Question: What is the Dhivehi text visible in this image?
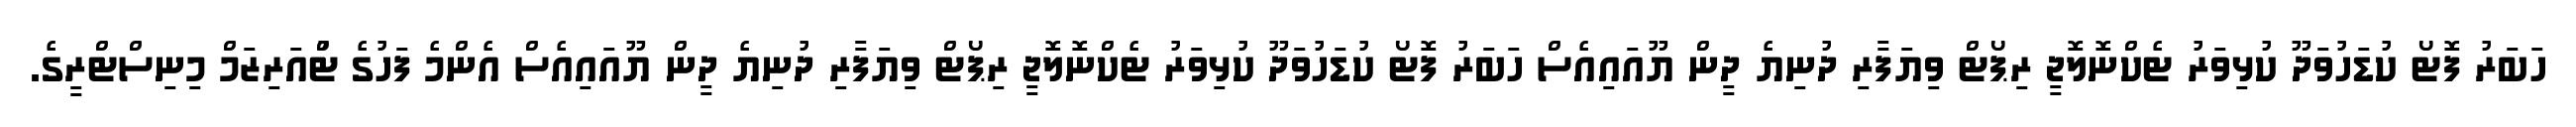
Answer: ހަބަރު ފޮޓޯ ކުޑަހުވަދޫ ކުޅިވަރު ޓެކްނޮލޮޖީ ރިޕޯޓް ވިޔަފާރި ދުނިޔެ ދީން ޔޫއައިއެސް ހަބަރު ފޮޓޯ ކުޑަހުވަދޫ ކުޅިވަރު ޓެކްނޮލޮޖީ ރިޕޯޓް ވިޔަފާރި ދުނިޔެ ދީން ޔޫއައިއެސް އެންމެ ފަހުގެ ޓްުއަރިޒަމް މިނިސްޓްރީގެ.